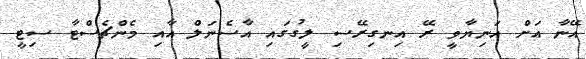
އޭނާ އަށް އަނިޔާވީ ރޭ އިނގިރޭސި ލީގުގައި އާސެނަލް އާއި މެންޗެސްޓާ ސިޓީ